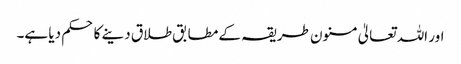
اور اللہ تعالیٰ مسنون طریقہ کے مطابق طلاق دینے کا حکم دیا ہے۔